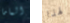
الماما لهذا